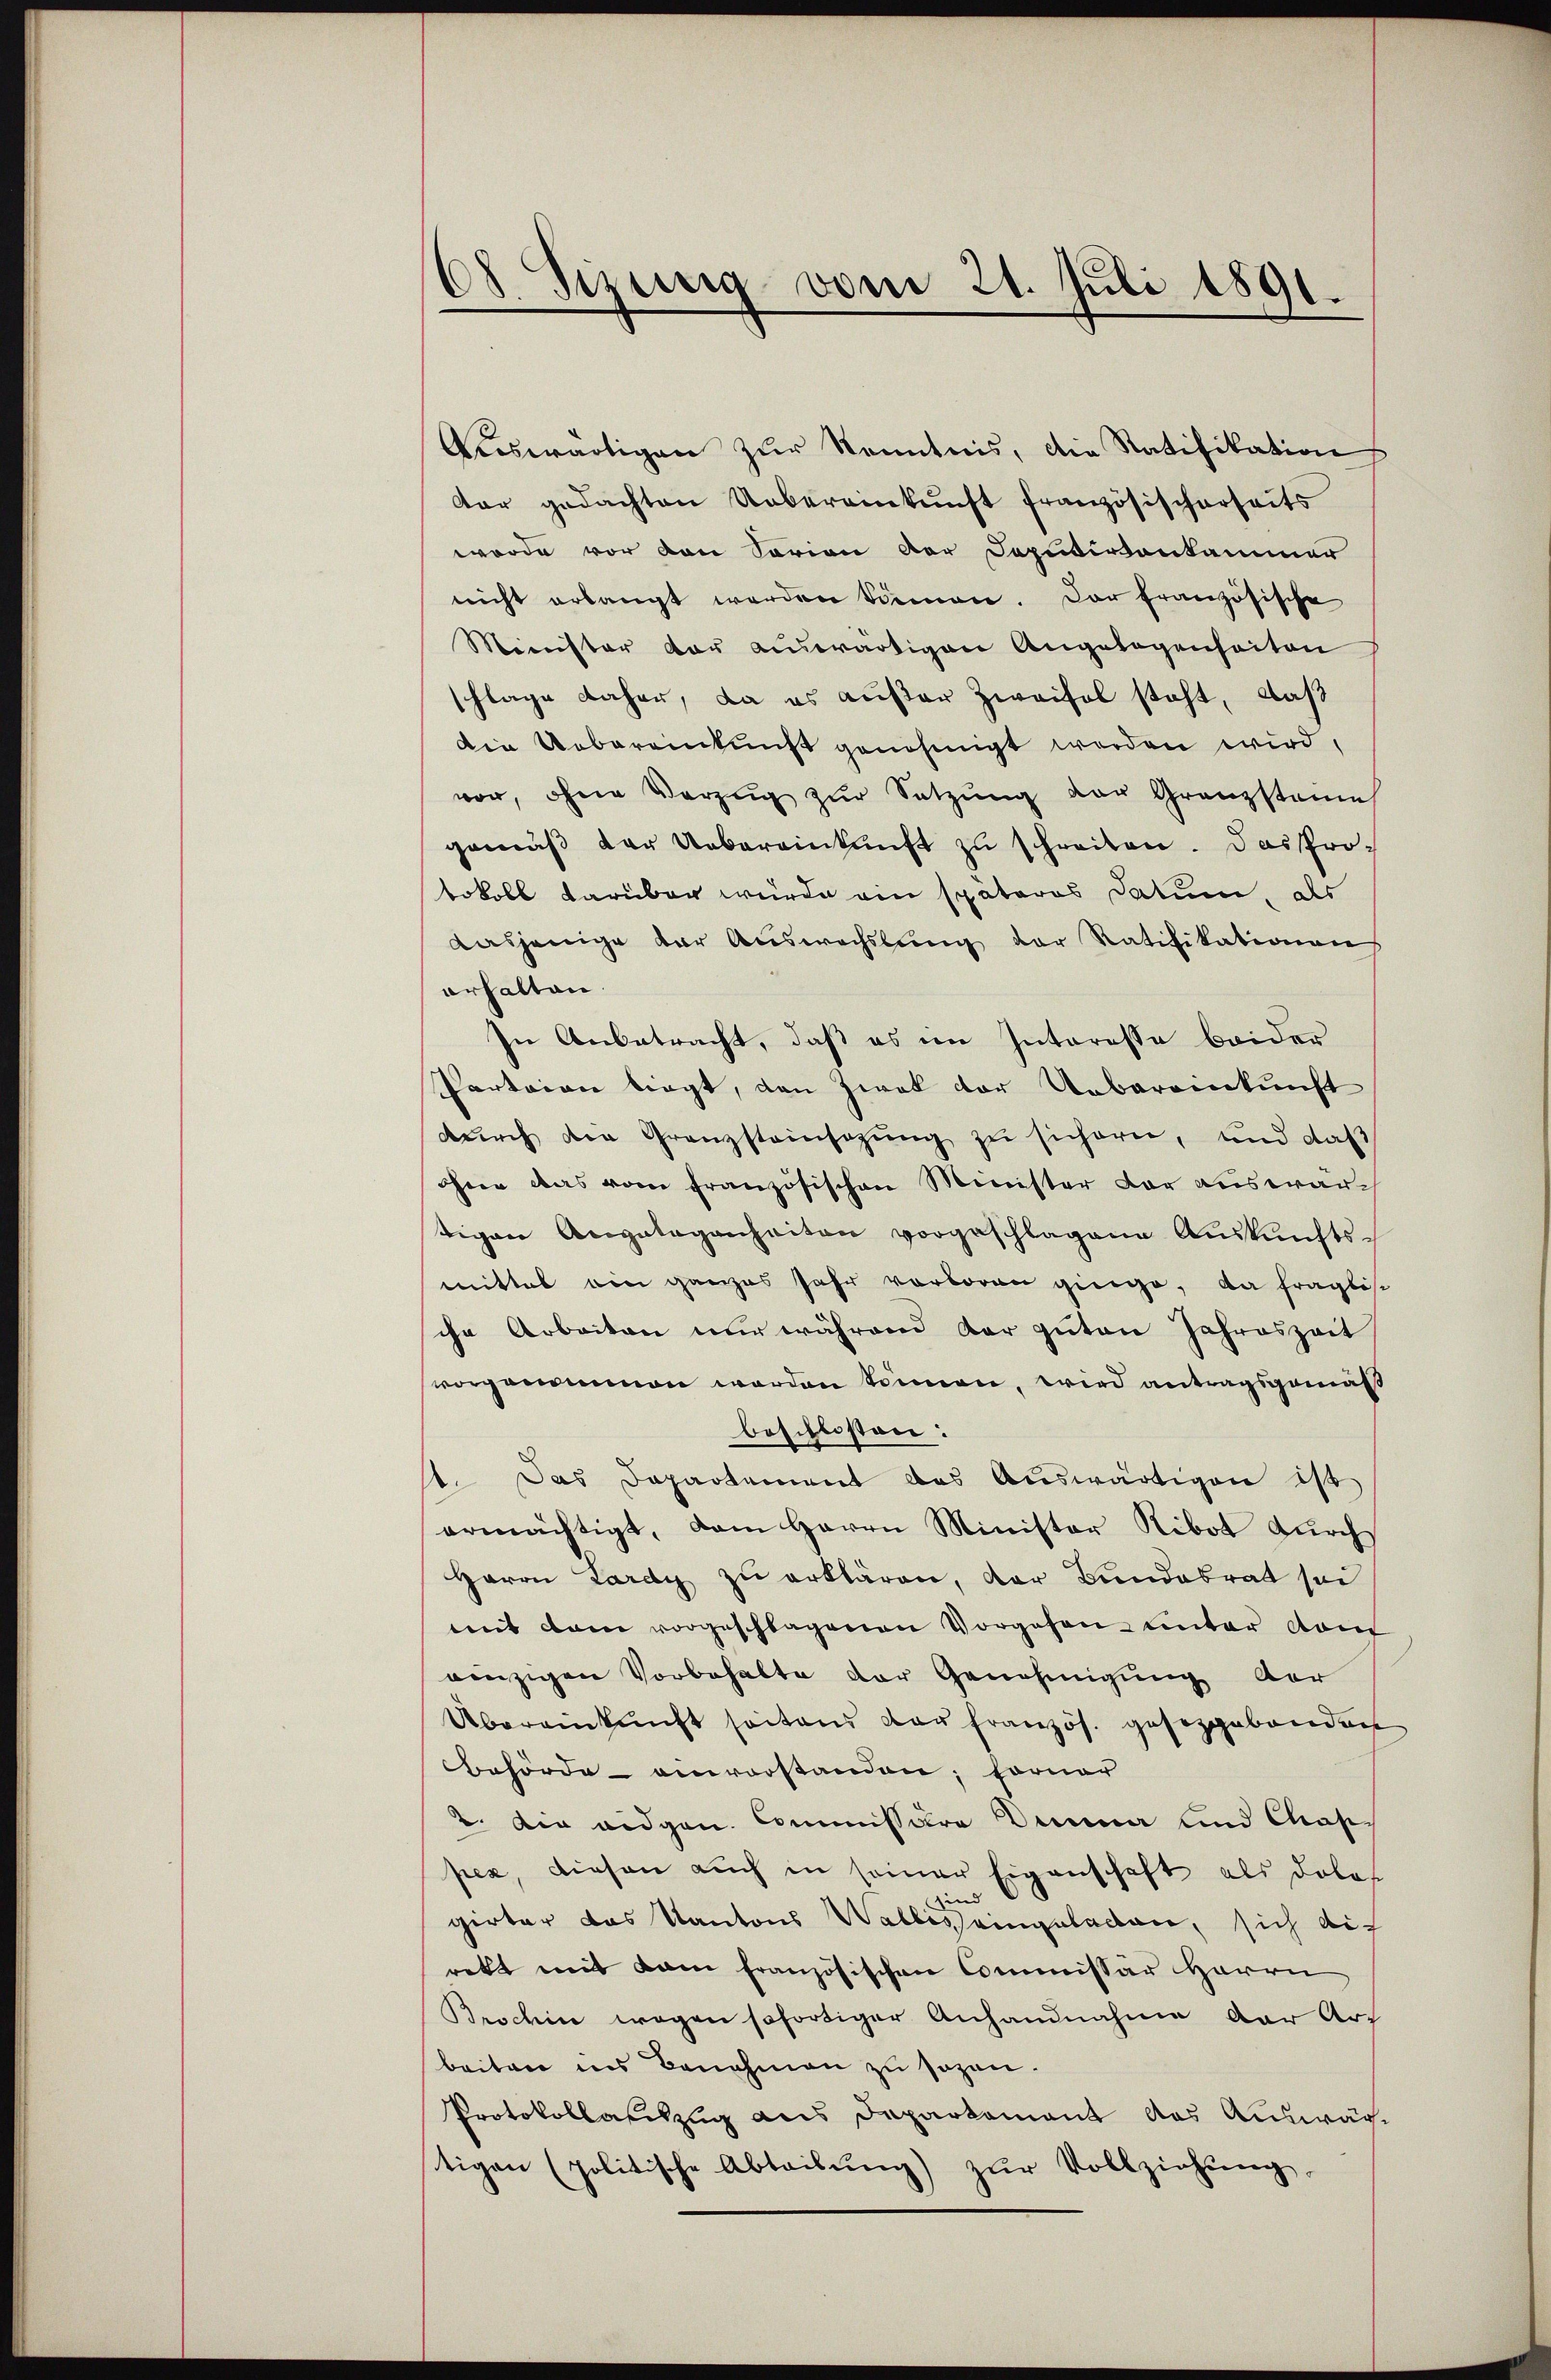
s
do. Sizurig vom 21. Juli 1891.

Auswärtigen zur Kenntnis, die Ratifikation
dar gedachten Uebereinkunft französischerheits
worde vor den Sorian der Dopurvivankammer
nicht erlangt werden können. Der französische
Minister der auswärtigen Angelegenheiten
schlage daher, da es außer Zweifel steht, daß
Die Uebereinkunft genehmigt werden wird,
vor, ohne Vorzŭg zŭr Setzŭng der Granzstaine
gemäß der Uebereinkunft zu schreiten. Das Protokoll darüber wurde ein späteres Datum, des
dasjenige der Auswechslung der Ratifikationen
erhalten.
In Anbetracht, daß es im Interesse beider
Parteien liegt, den Zwek der Uebereinkunft
dŭrch die Granzsteinsatzung zu sichern, und daß
ohne das vom französischen Minister der auswärtigen Angelegenheiten vorgeschlagene Aŭskŭnfts-
mittel ein ganzes Jahr verloren ginge, da fraglisc
che Arbeiten nur während dar guten Jahreszeit
vorgenommen werden können, wird antragsgemäß
beschlossen:
1. Das Departement das Auswärtigen ist
ermächtigt, dem Herrn Minister Ribot durch
Herrn Lardy zu erklären, der Bundesrat sei
mit dem vorgeschlagenen Vorgehen unter vom
einzigen Vorbehalte der Genehmigung der
Übereinkunft seitend der französ. gesetzgebenden
Behörde envorstanden; ferner
2. Die eidgen. Commissaro Deiner und Chaspez, diesen auch in seiner Eigenschaft als dolos
und
girter das Kantons Wallis eingeladen, sich die
rekt mit dem französischen Commissär Herrn
Brochin wegen sofortiger Anhandnahme der Art
beiten ins Benehmen zu sagen.
Protokollauszug aus Daparkament das Auswärtigen (politische Abteibŭng) zŭr Vollziehung,